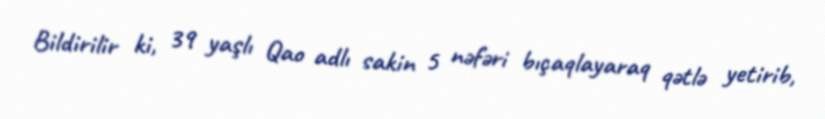
Bildirilir ki, 39 yaşlı Qao adlı sakin 5 nəfəri bıçaqlayaraq qətlə yetirib,